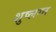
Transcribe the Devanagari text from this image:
शुष्लग्न